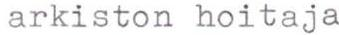
arkiston hoitaja